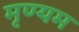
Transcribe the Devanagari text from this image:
मृण्यम